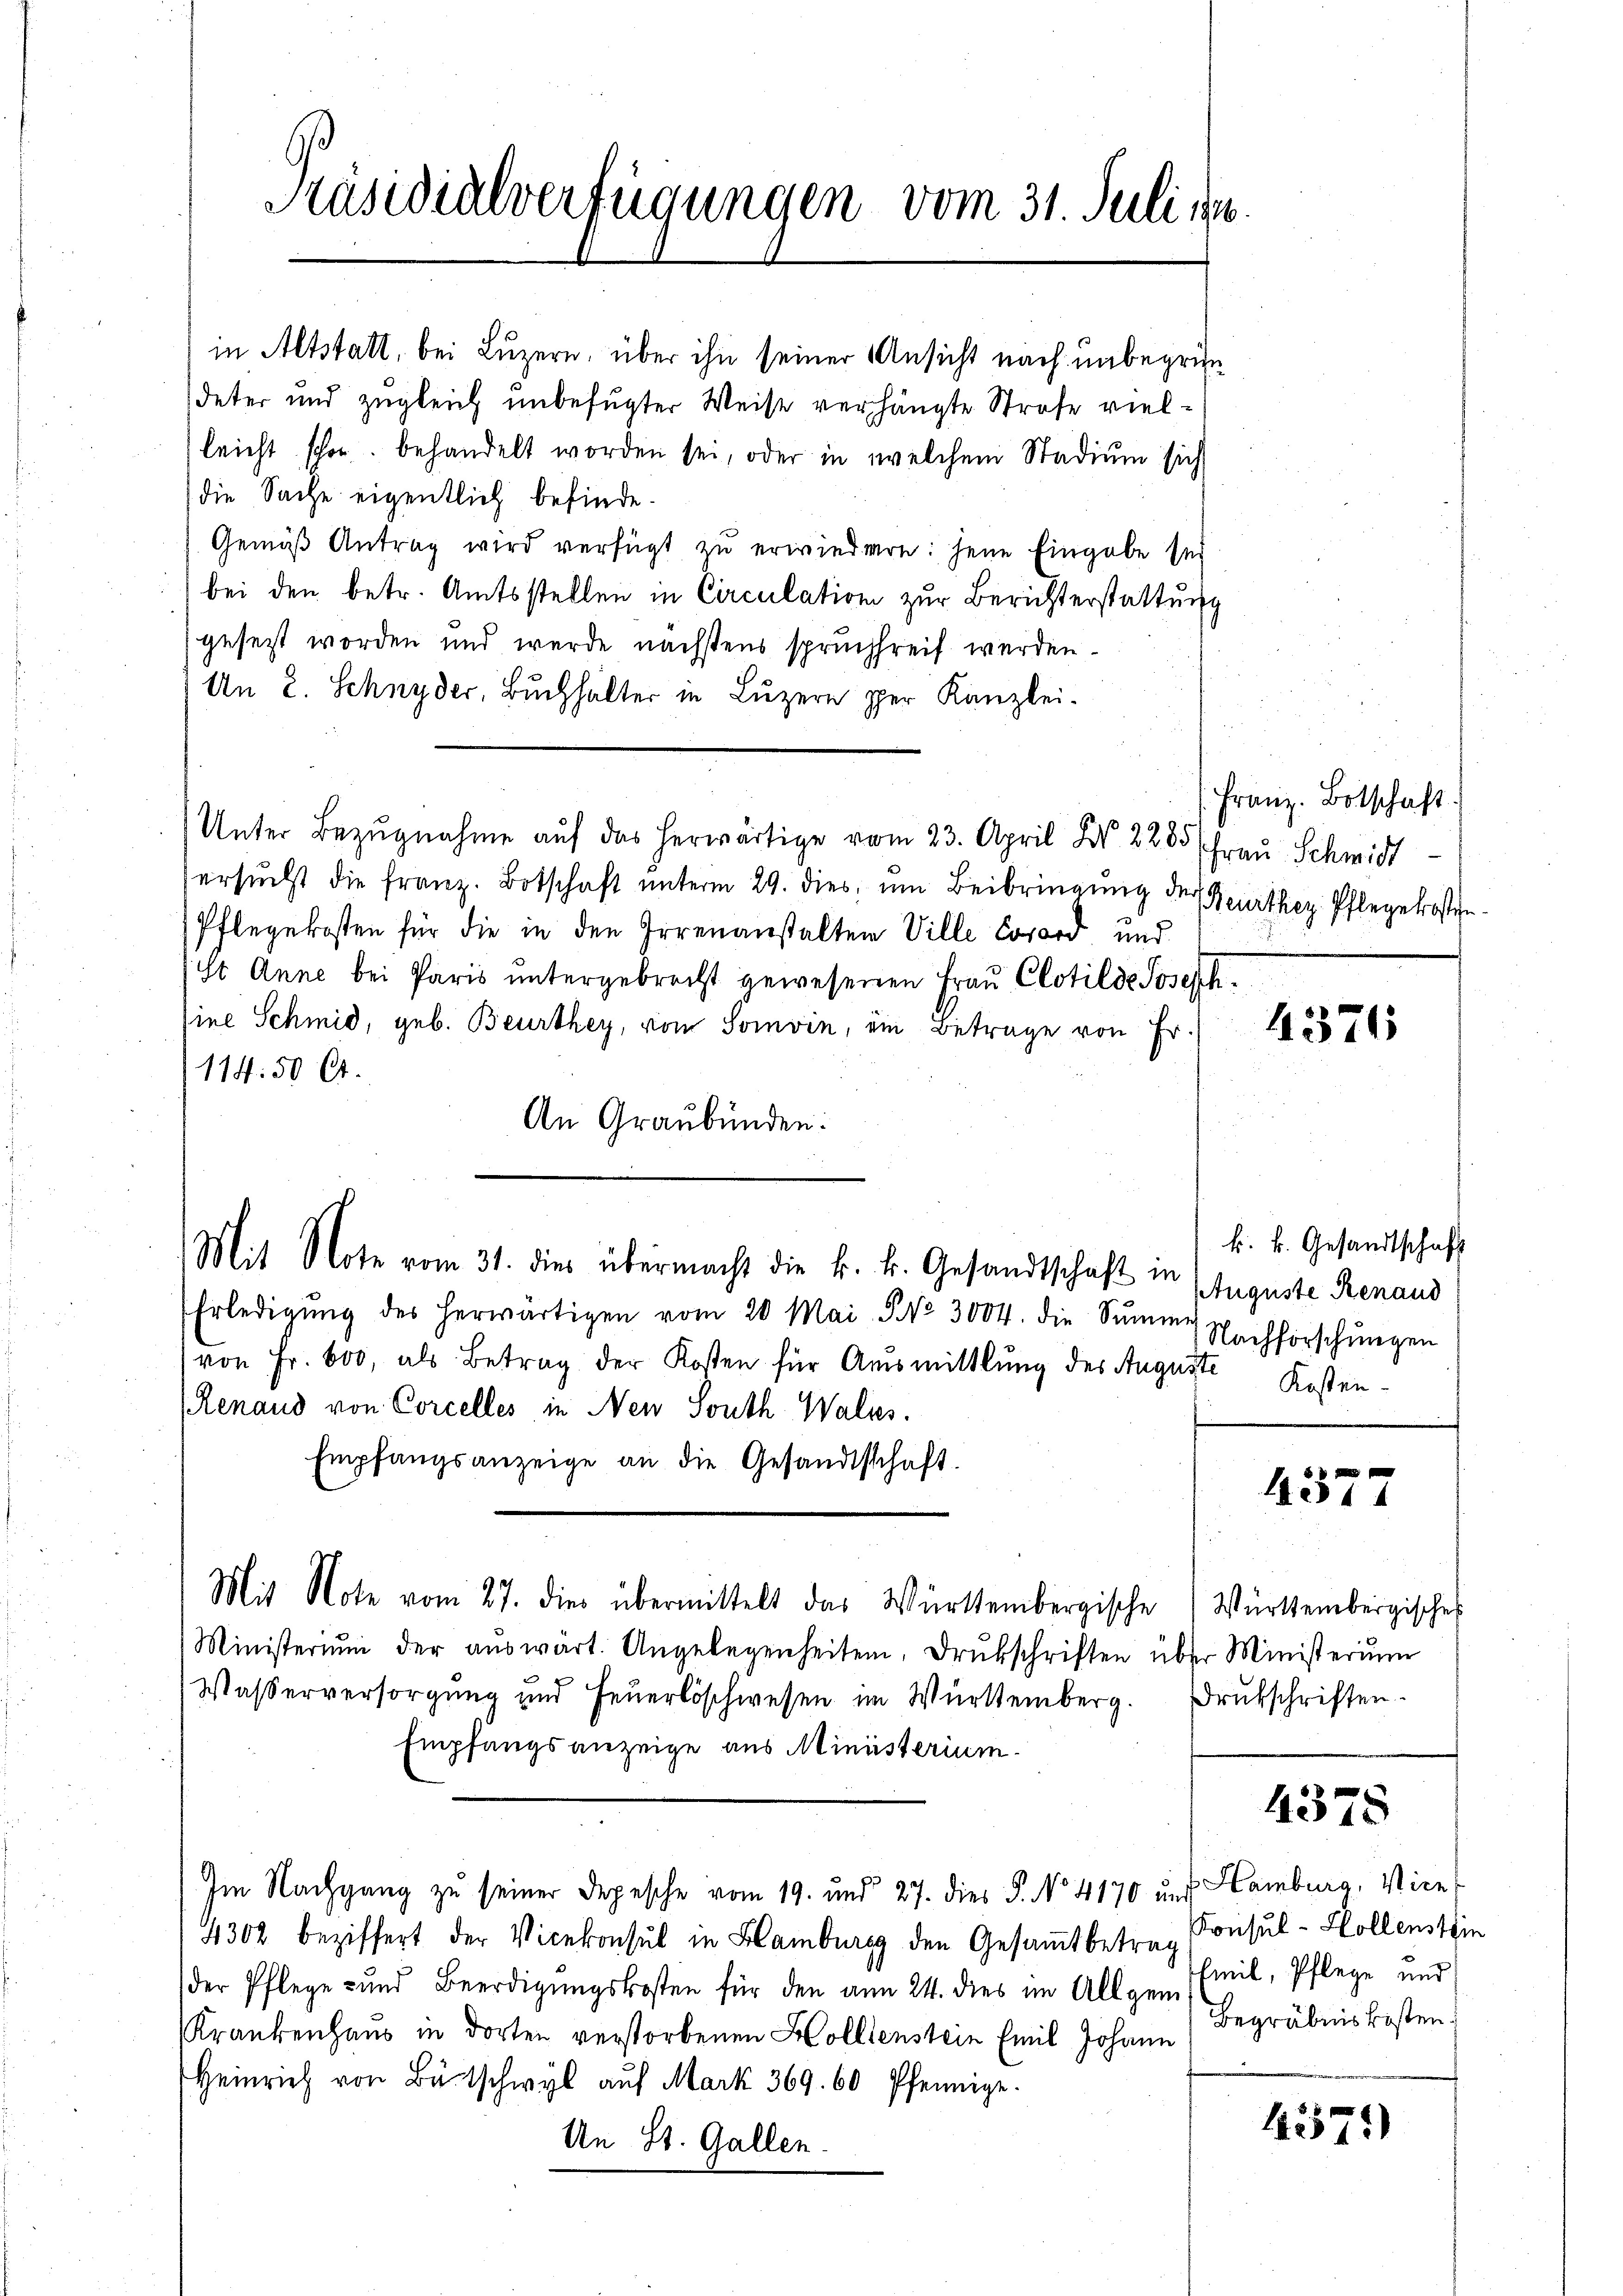
Kasidialverfügungen vom 31. Juli

in Altstalt, bei Luzern, über ihn seiner Ansicht nach unbegründeter und zugleich unbefugter Weise verhängte Strafe vielleicht schon behandelt worden sei, oder in welchem Stadium sich
die Sache eigentlich befinde.
Gemäß Antrag wird verfügt zu erwiedern: jene Eingabe sei
bei den betr. Amtsstellen in Circulation zur Berichterstattung
gesetzt worden und wurde nächstens spruchsreif werden.
An 2. Schnyder, Buchhalter in Luzern per Kanzlei-
Unter Bezugnahme auf das herwärtige vom 23. April d. 2285 (Frau Schmidt
ersŭcht die franz. Botschaft unterm 29. dies, um Beibringung der Beurthey Pflegekosten¬
Pflegekosten für die in den Irrenanstalten Ville Corard und
St Anne bei Paris untergebracht gewesenen Frau Clotilde Joseph,
ine Schmid, geb. Beurthey, vom Soivin, ein Betrage von Fr.
1114.50 Ct.
An Graubünden:
Mit Note vom 31. dies übermacht die k. k. Gesandtschaft in
Erledigŭng des herwärtigen vom 20. Mai No 3004. die Sŭmme Nachforschŭngen
von Fr. 600, als Betrag der Kosten für Aŭsmittlung des Auguste Kosten-
Renaud von Corcelles in Neu South Waltes.
Empfangsanzeige an die Gesandtschaft.
Mit Note vom 27. dies übermittelt das Württembergische Württembergisches
Ministerium der aŭswärt. Angelegenheiten. Drukschriften über Ministerium
Wasserversorgŭng und Feŭerlöschwesen im Württemberg. Brŭtschriften.
Empfangsanzeige aus Ministerium.
Im Nachgang zu seiner Depesche vom 19. und 27. dies P. No. 4170 und Hamburg, Vice-
4302 beziffert der Vicekonsul in Hamburg den Gesamtbetrag
der Pflege- und Beerdigungskosten für den am 24. dies im Allgem.
Krankenhaus in dorten verstorbenen Hollienstein Emil Johann
Heinrich von Bütschwyl aŭf Mark 369. 60 Pfennige
An St. Gallen.

Franz. Botschaft.

4376

k. k. Gesandtschaft
Auguste Renaud

4377

4378

Konsul - Hollenstein
Emil, Pflege und
Begräbnis kosten.

1374)